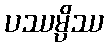
ပဿမ္ပိဿ